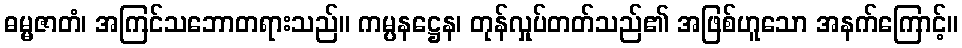
ဓမ္မဇာတံ၊ အကြင်သဘောတရားသည်။ ကမ္ပနဋ္ဌေန၊ တုန်လှုပ်တတ်သည်၏ အဖြစ်ဟူသော အနက်ကြောင့်။